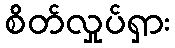
စိတ်လှုပ်ရှား